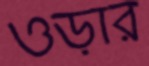
ওড়ার